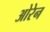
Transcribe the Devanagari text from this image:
ओरेन